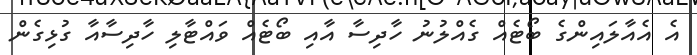
އެ އެއާލައިންގެ ބޯޓެއް ގެއްލުނު ހާދިސާ އާއި ބޯޓެއް ވައްޓާލި ހާދިސާއާ ގުޅިގެން